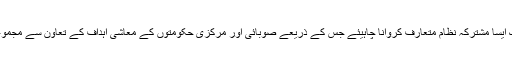
عالمی مالیاتی ادارے نے میری اس تجویز سے اتفاق کیا کہ ایک ایسا مشترکہ نظام متعارف کروانا چاہیئے جس کے ذریعے صوبائی اور مرکزی حکومتوں کے معاشی اہداف کے تعاون سے مجموعی مالی خسارے کے اہداف تک رسائی کو ممکن بنایا جاسکے۔